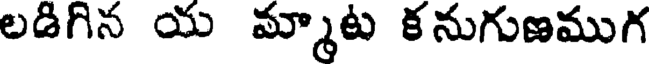
లడిగిన య మ్మాట కనుగుణముగ